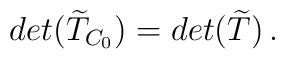
det(\widetilde{T}_{C_0})=det(\widetilde{T})\,.